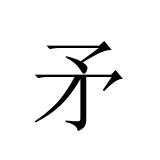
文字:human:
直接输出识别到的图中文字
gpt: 矛